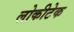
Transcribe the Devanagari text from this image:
लोकीटेक